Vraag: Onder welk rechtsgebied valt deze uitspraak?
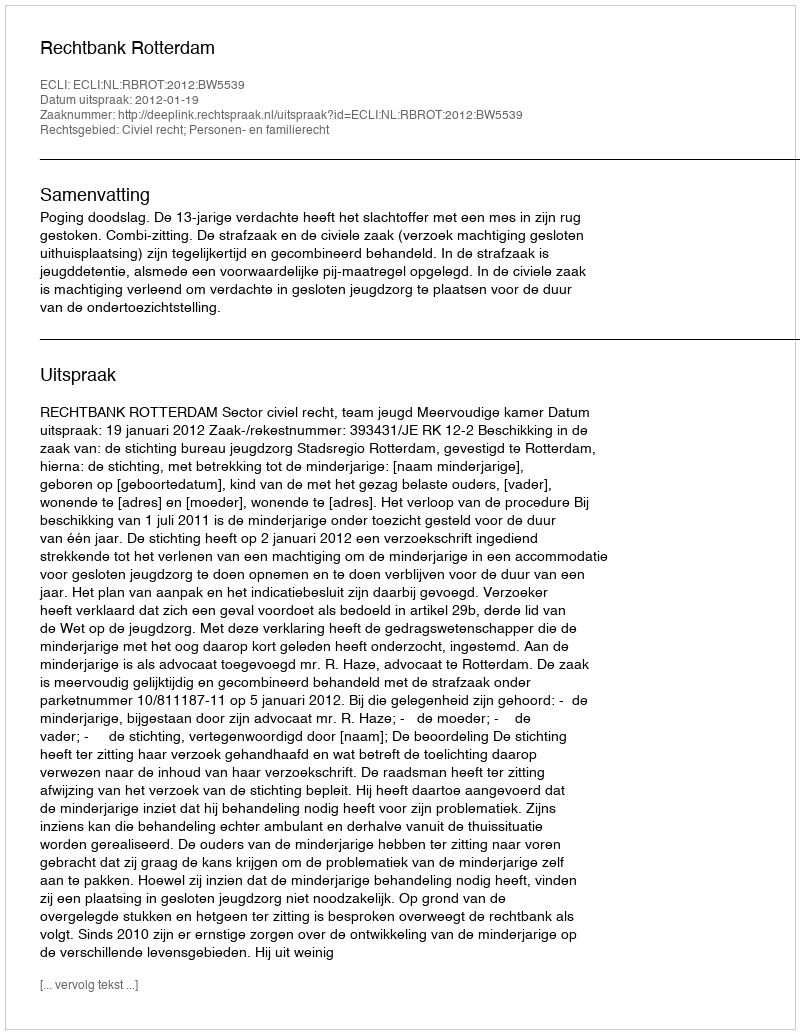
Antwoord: Civiel recht; Personen- en familierecht